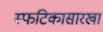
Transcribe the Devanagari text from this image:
स्फटिकासारखा